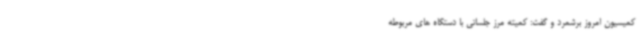
کمیسیون امروز برشمرد و گفت: کمیته مرز جلساتی با دستگاه های مربوطه